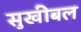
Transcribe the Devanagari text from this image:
सुखीबल